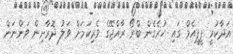
އަދާކުރީ ޕީޕީއެމް ގައި ހުރެގެން ބްރޯ ރާއްޖޭގެ ވެރިކަމަށް ވަލު ދޮރާށިން ވަންނަން